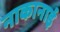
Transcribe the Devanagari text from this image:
नाकानाई